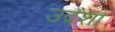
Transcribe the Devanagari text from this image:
उदेशी